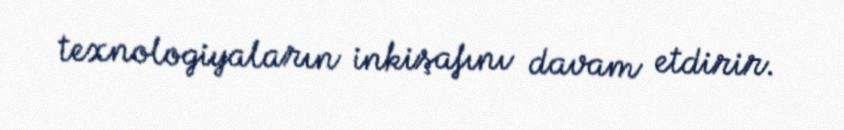
texnologiyaların inkişafını davam etdirir.